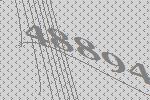
48894